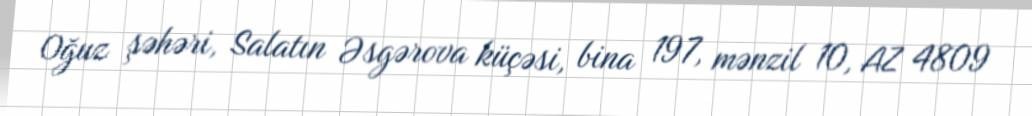
Oğuz şəhəri, Salatın Əsgərova küçəsi, bina 197, mənzil 10, AZ 4809